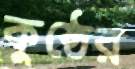
কুষ্ঠের